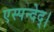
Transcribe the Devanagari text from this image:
एस्पन्देद्।